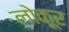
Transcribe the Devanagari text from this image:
लोकूर